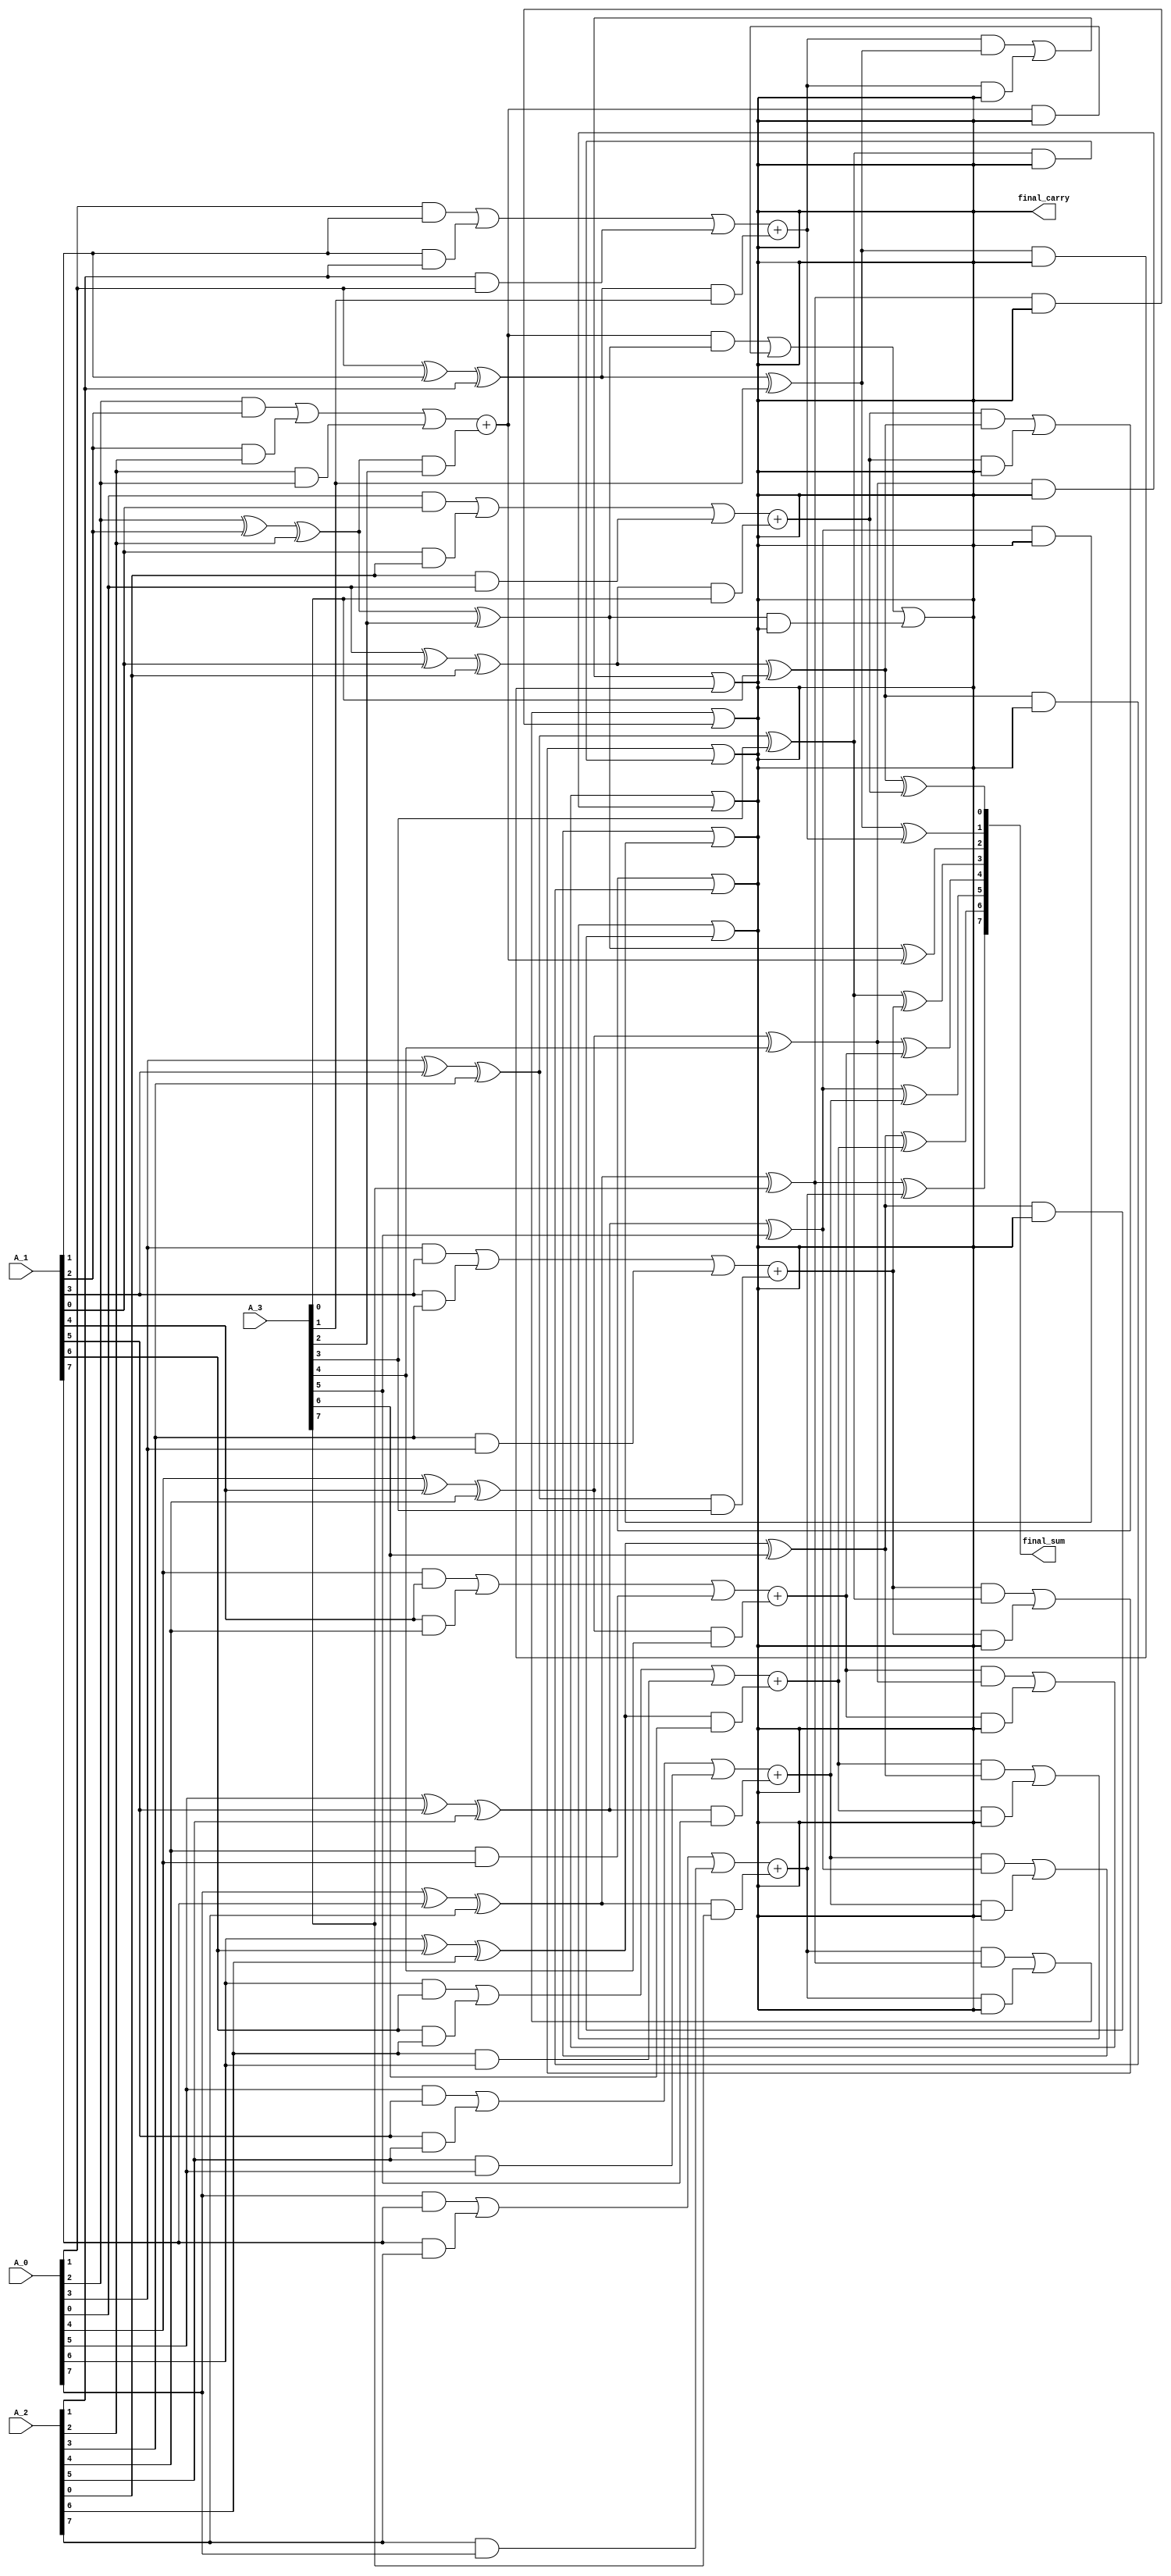
module CarrySaveAdder (
    input [N-1:0] A_0,
    input [N-1:0] A_1,
    input [N-1:0] A_2,
    input [N-1:0] A_3,
    // Add more inputs if necessary
    output reg [N-1:0] final_sum,
    output reg final_carry
);
    parameter N = 8; // Bit-width of inputs

    // Intermediate wires for sums and carries
    wire [N-1:0] S1, C1; // Sum and carry from first stage
    wire [N-1:0] S2, C2; // Sum and carry from second stage
    wire [N-1:0] S3, C3; // Sum and carry from third stage

    // Full adder for 3 inputs
    generate
        genvar i;
        for (i = 0; i < N; i = i + 1) begin : full_adder_stage1
            assign S1[i] = A_0[i] ^ A_1[i] ^ A_2[i]; // Sum bit
            assign C1[i] = (A_0[i] & A_1[i]) | (A_1[i] & A_2[i]) | (A_2[i] & A_0[i]); // Carry bit
        end
    endgenerate

    // Second stage of reduction
    generate
        for (i = 0; i < N; i = i + 1) begin : carry_save_adder_stage2
            // Assuming A_3 as an additional input to the CSA
            assign S2[i] = S1[i] ^ A_3[i]; // Sum bit
            assign C2[i] = C1[i] + (S1[i] & A_3[i]); // Carry bit
        end
    endgenerate

    // Final reduction to get the final sum and carry
    generate
        for (i = 0; i < N; i = i + 1) begin : final_stage
            assign final_sum[i] = S2[i] ^ C2[i]; // Final sum bit
            assign final_carry = (C2[i] & S2[i]) | (C2[i] & final_carry) | (S2[i] & final_carry);
        end
    endgenerate

endmodule